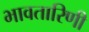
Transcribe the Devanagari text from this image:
भावतारिणी